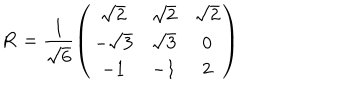
LaTeX: { \mathbf R } = \frac { 1 } { \sqrt 6 } \left( \begin{array} { c c c } { { \sqrt 2 } } & { { \sqrt 2 } } & { { \sqrt 2 } } \\ { { - \sqrt 3 } } & { { \sqrt 3 } } & { { 0 } } \\ { { - 1 } } & { { - 1 } } & { { 2 } } \\ \end{array} \right)